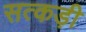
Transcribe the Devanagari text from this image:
सत्कड़ी